Indian Civil Veterinary Department memoirs
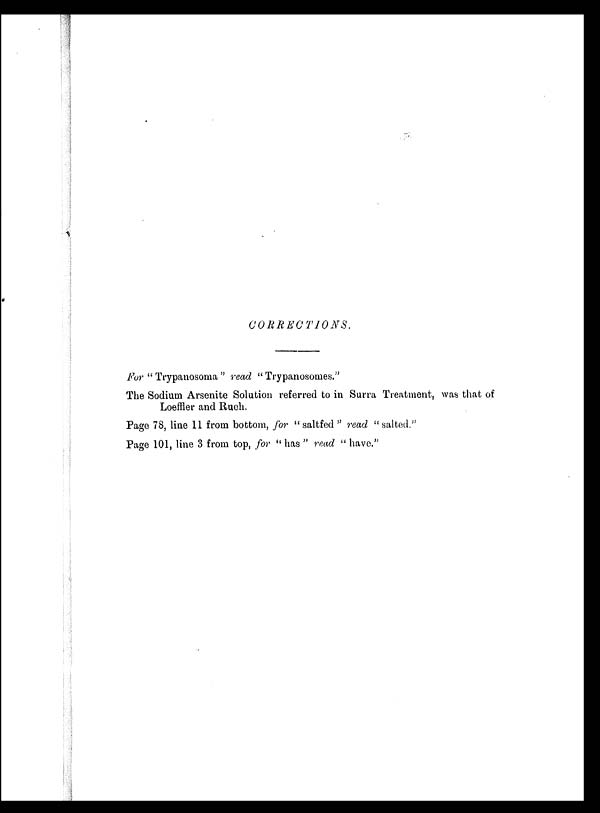
CORRECTIONS.
For " Trypanosoma " read " Trypanosomes. "
The Sodium Arsenite Solution referred to in Surra Treatment, was that of
Loeffler and Rueh.
Page 78, line 11 from bottom, for " saltfed " read " salted. "
Page 101, line 3 from top, for " has " read " have."